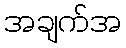
အချက်အ